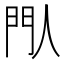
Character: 閄